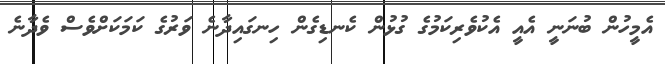
އެމީހުން ބުނަނީ އެއީ އެކުވެރިކަމުގެ ގުޅުން ކެނޑިގެން ހިނގައިދާނެ ވަރުގެ ކަމަކަށްވެސް ވެދާނެ